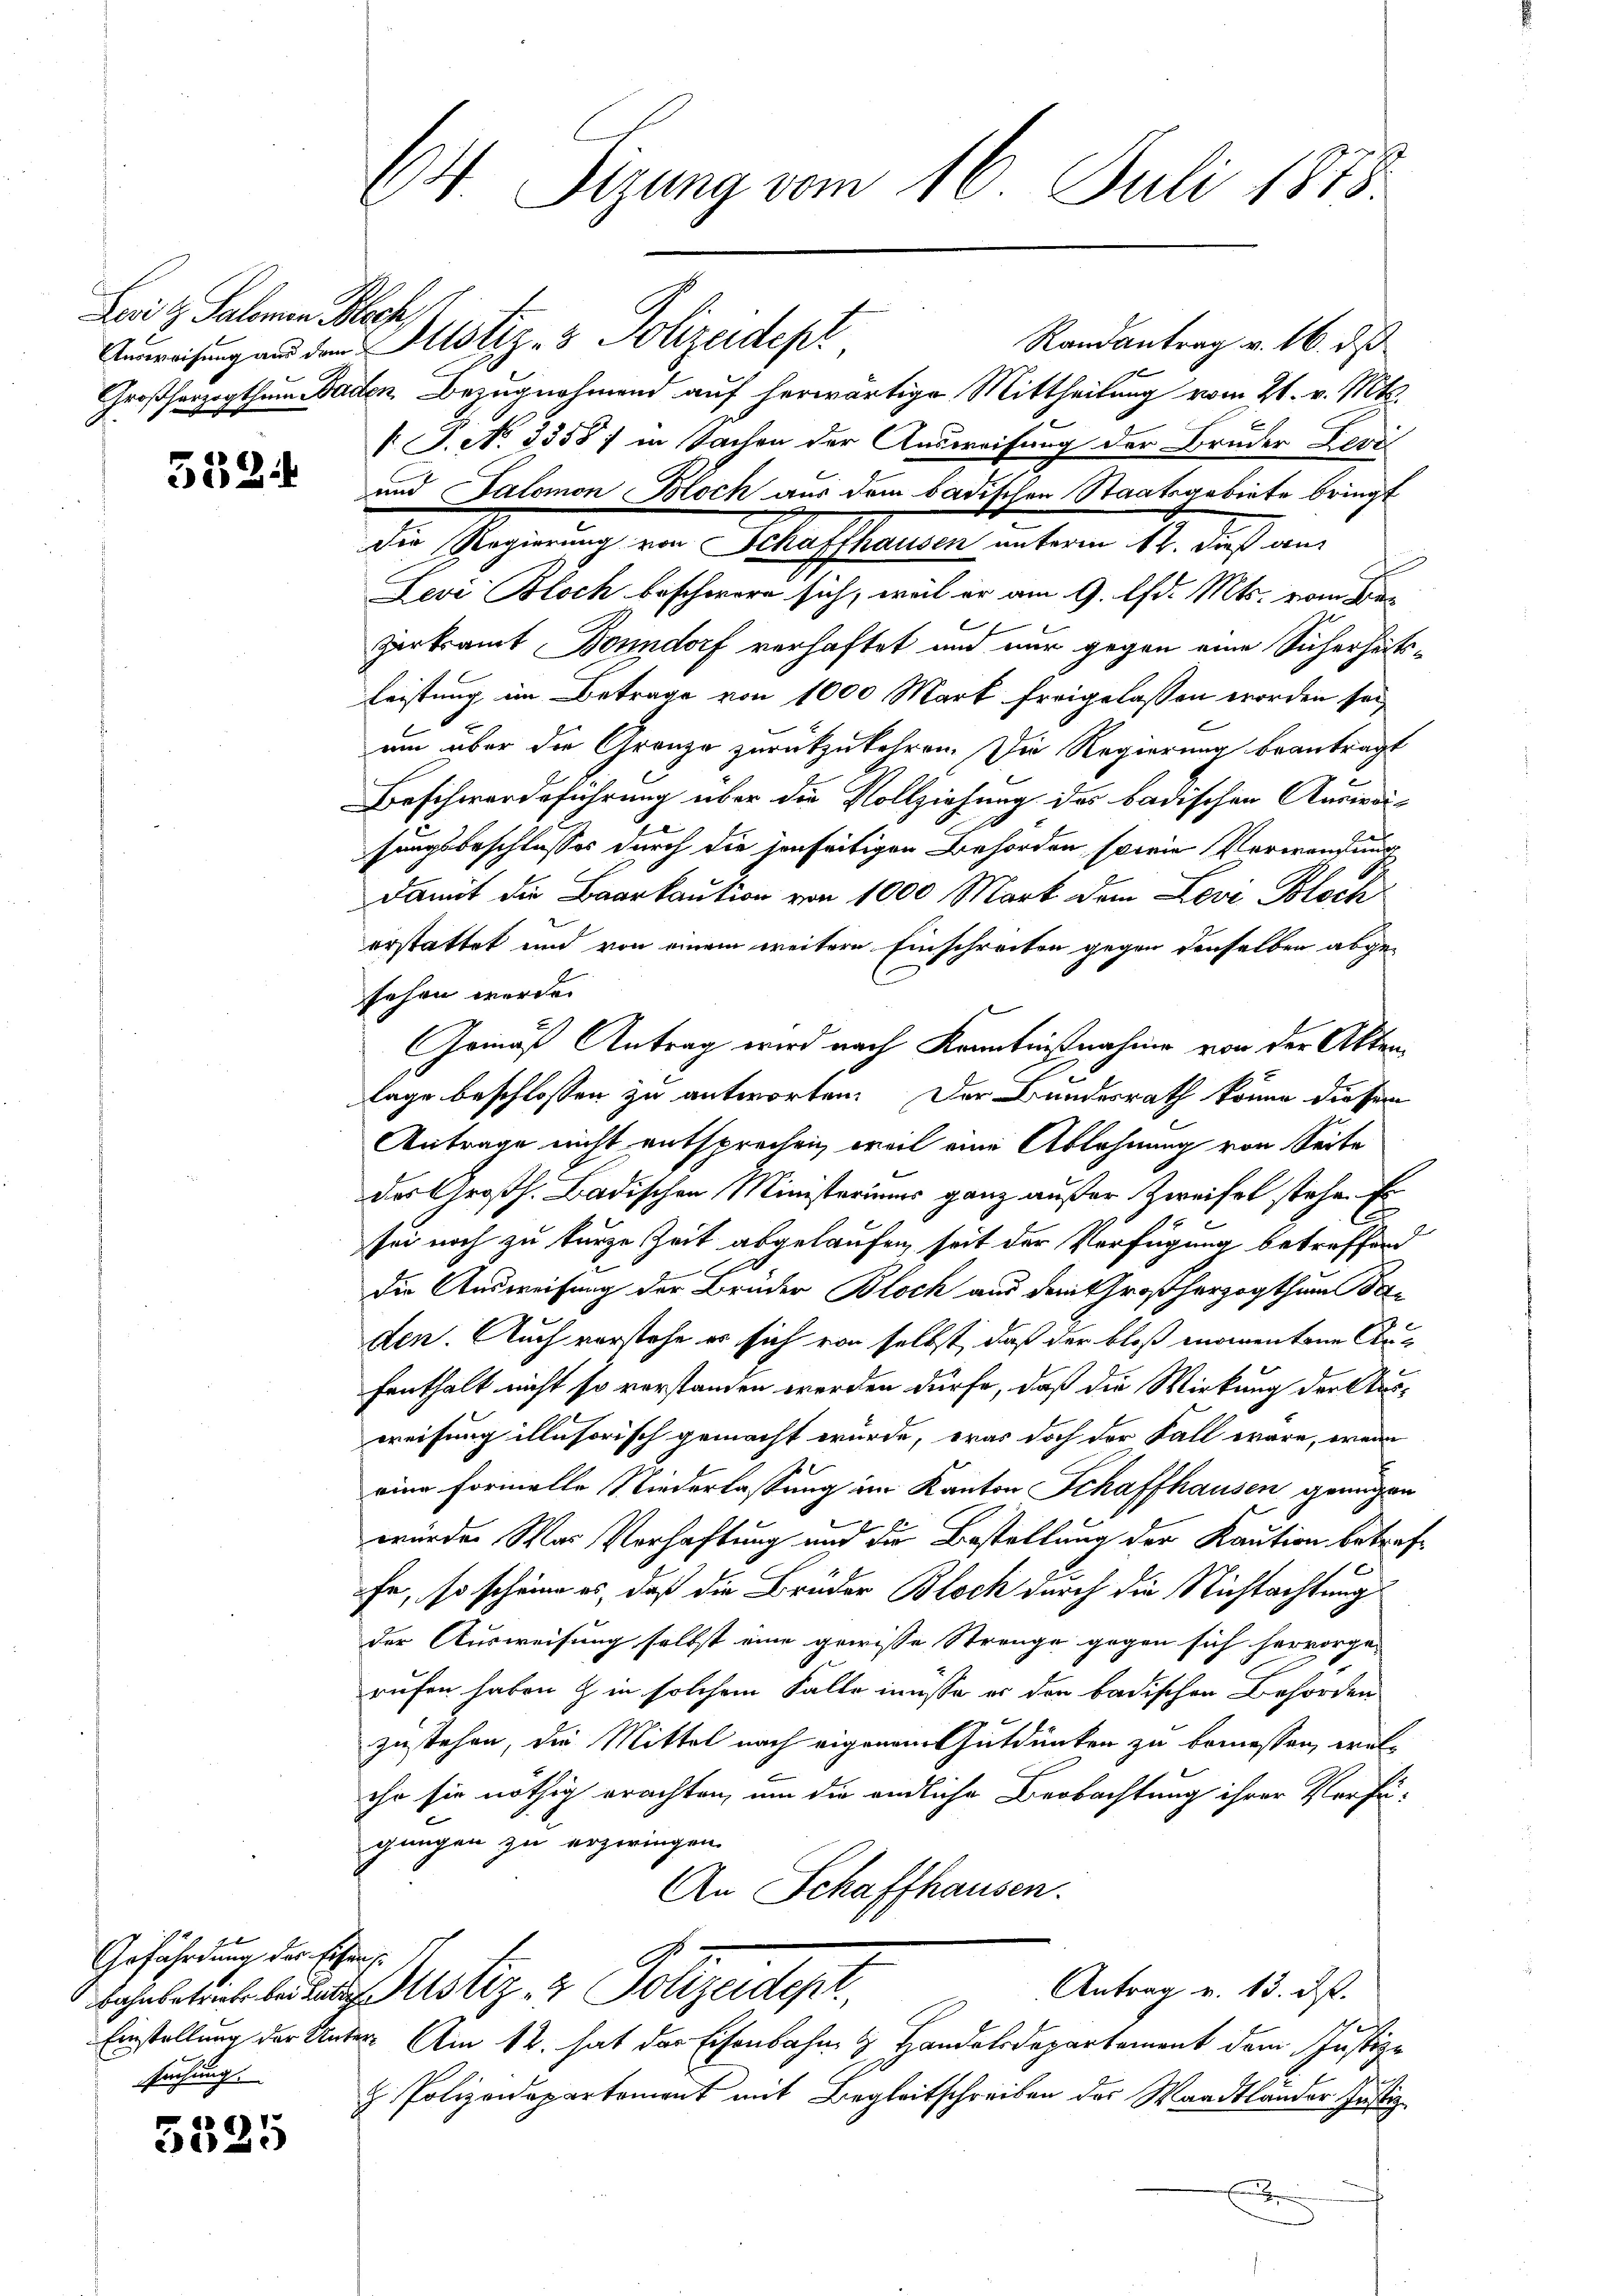
Laitz, Salomon Bleche,

5524

Gefährdung der sichen
srechung.

5525

64. Sizung vom 16. Juli 1818.

Randantrag v. 16. ds
Ausweisung aus den stiz- & Polizeidepl
Großherzogthum Baden Bezugnahmend auf herwärtige Mittheilung vom 21. v. Mts.
V. P. No 3358) in Sachen der Ausweisung der Bruder Levi
und Salomon Bloch aus dem badischen Staatsgebiete bringt
Die Regierung von Schaffhausen unterm 12. dieß aus
Levi Bloch beschwere sich, weil er am 9. d. Mts. vom Be
1
zerkramt Bonndorf verhaftet und nur gegen eine Sicherheits¬
Leistung im Betrage von 1000 Mark freigelassen worden sei
um über die Granze zurückzukehren. Die Regierung beantragt
Beschwerdeführung über die Vollziehung des badischen Ausweisangsbeschlusses durch die jenseitigen Behörden, sowie Verwandung
damit die Baarkaution von 1000 Mart dem Levi Bloch
erstattet und von einem weitere Einschreiben gegen denselben abge-
sehen werde.
Gemäß Antrag wird nach Kenntnißnahme von der Aktenlage beschlossen zu antworten. Der Bundesrath könne diesem
Antrage nicht entsprechen, weil eine Ablehnung von Seite
des Großh. Badischen Ministeriums ganz außer Zweifel stehe. Er
sei noch zu kurze Zeit abgelaufen, seit der Verfügung betreffend
c
die Ausweisung der Brüder Bloch aus dem Großherzogthum Baden. Auch vorstehe es sich von selbst, daß der bloß momentene Aus
fenthalt nicht so vorstanden werden dürfe, daß die Wirkung der Ausweisung illusorisch gemacht würde, was doch der Fall wäre, wenn
eine formelle Niederlassung im Kanton Schaffhausen genügen
würde. Was Verhaftung und die Bestellung der Kaution betreffe, so scheine es, daß die Brüder Block durch die Nichtachtung
der Ausweisung selbst eine gewisse Strenge gegen sich hervorge-
rufen haben & in solchem Falle müsse er der badischen Behörden
zustehen, die Mittel nach eigenem Gutdünken zu bemessen, welihr sie nöthig erachten, um die endliche Beobachtung ihrer Verfü-
gungen zu erzeringen.
An Schaffhausen.
Antrag v. 13. ds.
beheletirte leidenten Justiz- & Polizeidept.
Einstellung der Unter Am 12. hat der Eisenbahn & Handelsdepartement dem Justiz-
 Polizeidepartement mit Begleitschreiben des Waadtländer Justiz
A